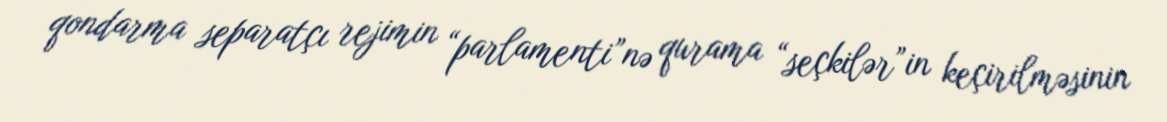
qondarma separatçı rejimin “parlamenti”nə qurama “seçkilər”in keçirilməsinin